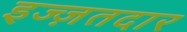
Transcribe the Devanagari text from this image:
इज्ज़तदार